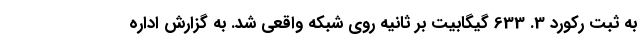
به ثبت رکورد 3. 633 گیگابیت بر ثانیه روی شبکه واقعی شد. به گزارش اداره